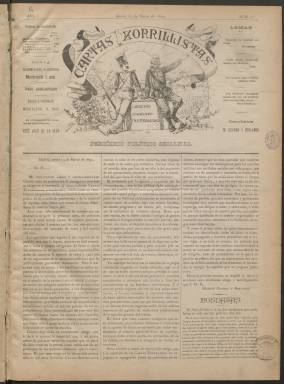
Título: Cartas zorrillistas
Colección: Periódicos
Ámbito geográfico: Madrid
Lugar de publicación: Madrid
Fechas: 13/03/1890-31/12/1891